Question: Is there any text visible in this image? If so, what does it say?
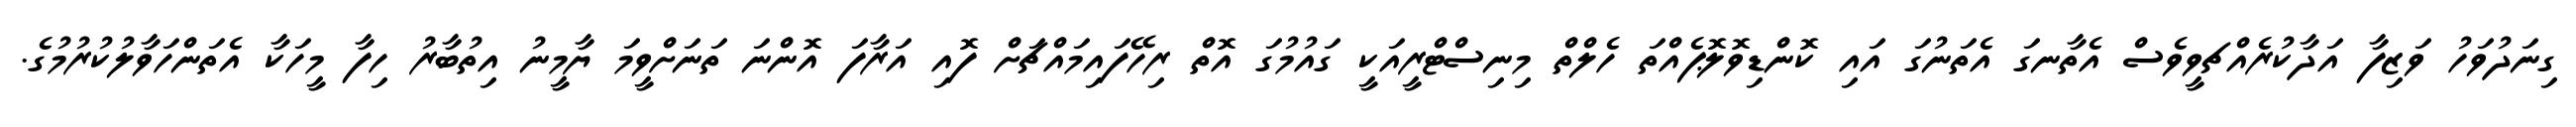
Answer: ގިނަދުވަހު ވަޒިފާ އަދާކުރެއްޗވީވެސް އެތާނގަ އެތަނުގަ އައި ކޮންޑިވޮލޮޕެއްތަ ހެލްތް މިނިސްޓްރީއަކީ ގައުމުގަ އޮތް ރިހޭފައިމައްޗަށް ފޮއި އަރާފަ އޮންނަ ތަނަށްވީމަ ޔާމީނު އިތުބާރު ހިފާ މީހަކާ އެތަންހަވާލުކުރުމުގެ.